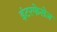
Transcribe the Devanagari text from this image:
इंटरफेसेज